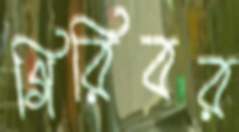
গিরিবর